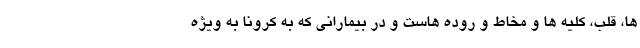
ها، قلب، کلیه ها و مخاط و روده هاست و در بیمارانی که به کرونا به ویژه